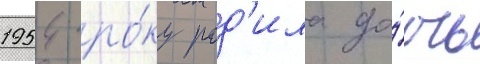
1954 ро́ку род'ила до́чь